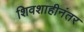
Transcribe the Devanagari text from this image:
शिवशाहीनंतर